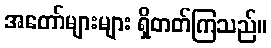
အတော်များများ ရှိတတ်ကြသည်။